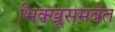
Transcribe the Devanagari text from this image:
भिक्खूसमवेत